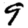
Digit: 9